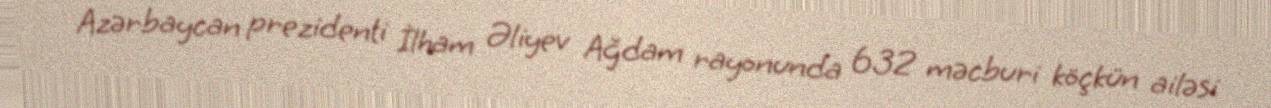
Azərbaycan prezidenti İlham Əliyev Ağdam rayonunda 632 məcburi köçkün ailəsi